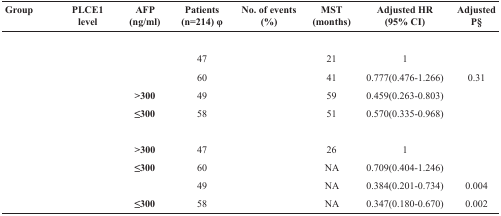
<table><thead><tr><td><b>Group</b></td><td><b>PLCE1 level</b></td><td><b>AFP (ng/ml)</b></td><td><b>Patients (n=214) φ</b></td><td><b>No. of events (%)</b></td><td><b>MST (months)</b></td><td><b>Adjusted HR(95% CI)</b></td><td><b>AdjustedP§</b></td></tr></thead><tbody><tr><td>[EMPTY_CELL]</td><td>[EMPTY_CELL]</td><td>[EMPTY_CELL]</td><td>[EMPTY_CELL]</td><td>[EMPTY_CELL]</td><td>[EMPTY_CELL]</td><td>[EMPTY_CELL]</td><td>[EMPTY_CELL]</td></tr><tr><td>[EMPTY_CELL]</td><td>[EMPTY_CELL]</td><td>[EMPTY_CELL]</td><td>47</td><td>[EMPTY_CELL]</td><td>21</td><td>1</td><td>[EMPTY_CELL]</td></tr><tr><td>[EMPTY_CELL]</td><td>[EMPTY_CELL]</td><td>[EMPTY_CELL]</td><td>60</td><td>[EMPTY_CELL]</td><td>41</td><td>0.777(0.476-1.266)</td><td>0.31</td></tr><tr><td>[EMPTY_CELL]</td><td>[EMPTY_CELL]</td><td><b>&gt;300</b></td><td>49</td><td>[EMPTY_CELL]</td><td>59</td><td>0.459(0.263-0.803)</td><td>[EMPTY_CELL]</td></tr><tr><td>[EMPTY_CELL]</td><td>[EMPTY_CELL]</td><td><b>≤300</b></td><td>58</td><td>[EMPTY_CELL]</td><td>51</td><td>0.570(0.335-0.968)</td><td>[EMPTY_CELL]</td></tr><tr><td>[EMPTY_CELL]</td><td>[EMPTY_CELL]</td><td>[EMPTY_CELL]</td><td>[EMPTY_CELL]</td><td>[EMPTY_CELL]</td><td>[EMPTY_CELL]</td><td>[EMPTY_CELL]</td><td>[EMPTY_CELL]</td></tr><tr><td>[EMPTY_CELL]</td><td>[EMPTY_CELL]</td><td><b>&gt;300</b></td><td>47</td><td>[EMPTY_CELL]</td><td>26</td><td>1</td><td>[EMPTY_CELL]</td></tr><tr><td>[EMPTY_CELL]</td><td>[EMPTY_CELL]</td><td><b>≤300</b></td><td>60</td><td>[EMPTY_CELL]</td><td>NA</td><td>0.709(0.404-1.246)</td><td>[EMPTY_CELL]</td></tr><tr><td>[EMPTY_CELL]</td><td>[EMPTY_CELL]</td><td>[EMPTY_CELL]</td><td>49</td><td>[EMPTY_CELL]</td><td>NA</td><td>0.384(0.201-0.734)</td><td>0.004</td></tr><tr><td>[EMPTY_CELL]</td><td>[EMPTY_CELL]</td><td><b>≤300</b></td><td>58</td><td>[EMPTY_CELL]</td><td>NA</td><td>0.347(0.180-0.670)</td><td>0.002</td></tr></tbody></table>